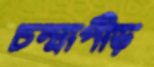
চন্দ্রাপীড়